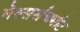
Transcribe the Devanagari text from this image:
मेस्सर्सचमीट